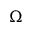
\Omega